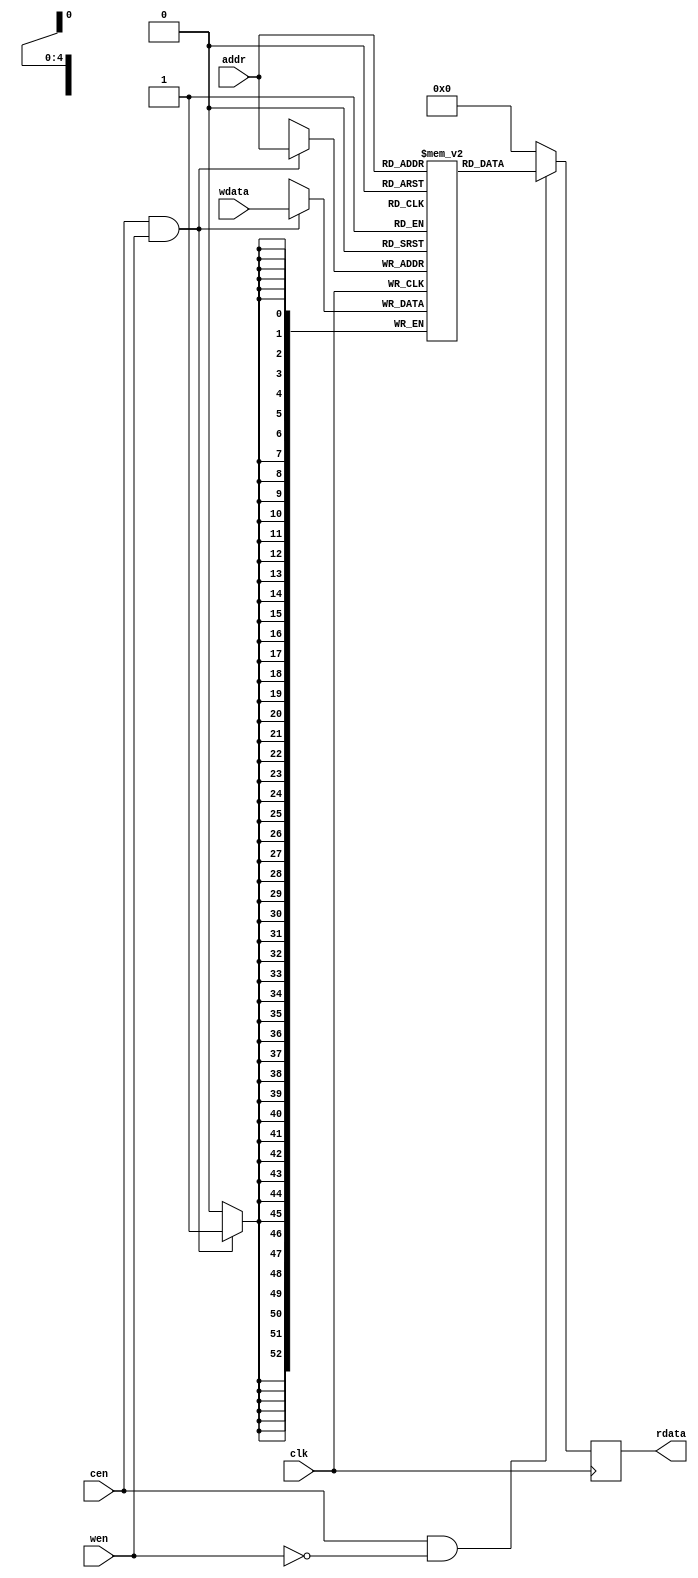
module sram
#(
  parameter DATA_W      = 53             ,
  parameter DEPTH       = 32             ,
  parameter ADDR_W      = $clog2(DEPTH)    
) (
    input  wire                  clk     , 
    input  wire                  cen     , 
    input  wire                  wen     , 
    input  wire [ADDR_W-1:0]     addr    ,
    input  wire [DATA_W-1:0]     wdata   ,   

    output reg  [DATA_W-1:0]     rdata     
);

  reg [DATA_W-1:0] ram [DEPTH-1:0] ;

  always @(posedge clk) begin
    if(cen && wen) begin
      ram[addr] <= wdata ;
    end
    rdata <= cen && !wen ? ram[addr] : {DATA_W{1'b0}};
  end

endmodule